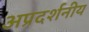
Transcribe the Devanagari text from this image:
अप्रदर्शनीय